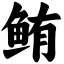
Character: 鲔